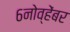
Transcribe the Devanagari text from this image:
६नोव्हेंबर